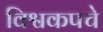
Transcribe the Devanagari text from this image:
विश्वकपचे